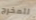
للمخرج